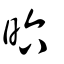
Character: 𣅶